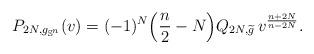
LaTeX: \begin{align*}P_{2N, g_{\mathbb S^n}} (v) = (-1)^N \Big( \frac n2 - N \Big) Q_{2N, \widetilde g} \, v^\frac{n+2N}{n-2N} .\end{align*}